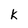
Character: k